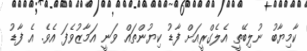
ކާމިޔާބު ނުލިބޭތީ އެލެގްރީއަށް ފާޑު ކިޔުންތައް ވަނީ އަމާޒުވެފަ އެވެ. އެ ފާޑު